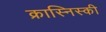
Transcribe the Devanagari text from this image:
क्रास्निस्की